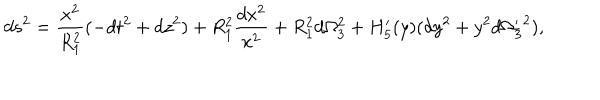
d s ^ { 2 } = { \frac { x ^ { 2 } } { R _ { 1 } ^ { 2 } } } ( - d t ^ { 2 } + d z ^ { 2 } ) + R _ { 1 } ^ { 2 } { \frac { d x ^ { 2 } } { x ^ { 2 } } } + R _ { 1 } ^ { 2 } d \Omega _ { 3 } ^ { 2 } + H _ { 5 } ^ { \prime } ( y ) ( d y ^ { 2 } + y ^ { 2 } d { \Omega _ { 3 } ^ { \prime } } ^ { 2 } ) ,